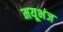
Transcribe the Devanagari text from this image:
मयूभंज